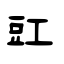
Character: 豇